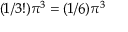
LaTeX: ( 1 / 3 ! ) \pi ^ { 3 } = ( 1 / 6 ) \pi ^ { 3 }